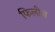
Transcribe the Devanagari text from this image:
फिलीज़